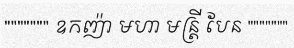
""""""" ឧកញ៉ា មហា មន្ត្រី បែន """""""